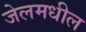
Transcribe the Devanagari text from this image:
जेलमधील